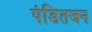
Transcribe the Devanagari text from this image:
पंडितजन